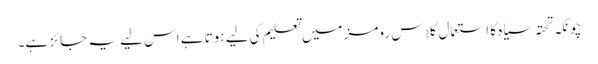
چونکہ تحتہ سیاہ کا استعمال کلاس رومز میں تعلیم کی لیے ہوتا ہے اس لیے یہ جائز ہے۔